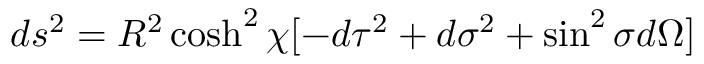
d s ^ { 2 } = R ^ { 2 } \cosh ^ { 2 } \chi [ - d \tau ^ { 2 } + d \sigma ^ { 2 } + \sin ^ { 2 } \sigma d \Omega ]